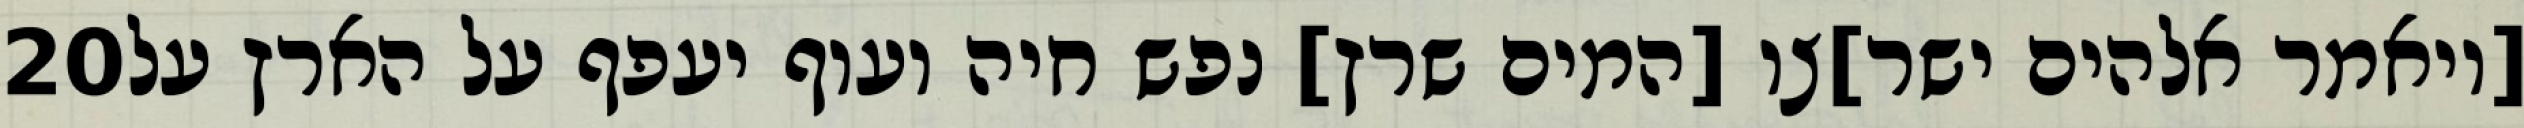
‎20‏ [ויאמר אלהים ישר]צו [המים שרץ] נפש חיה ועוף יעפף על הארץ על